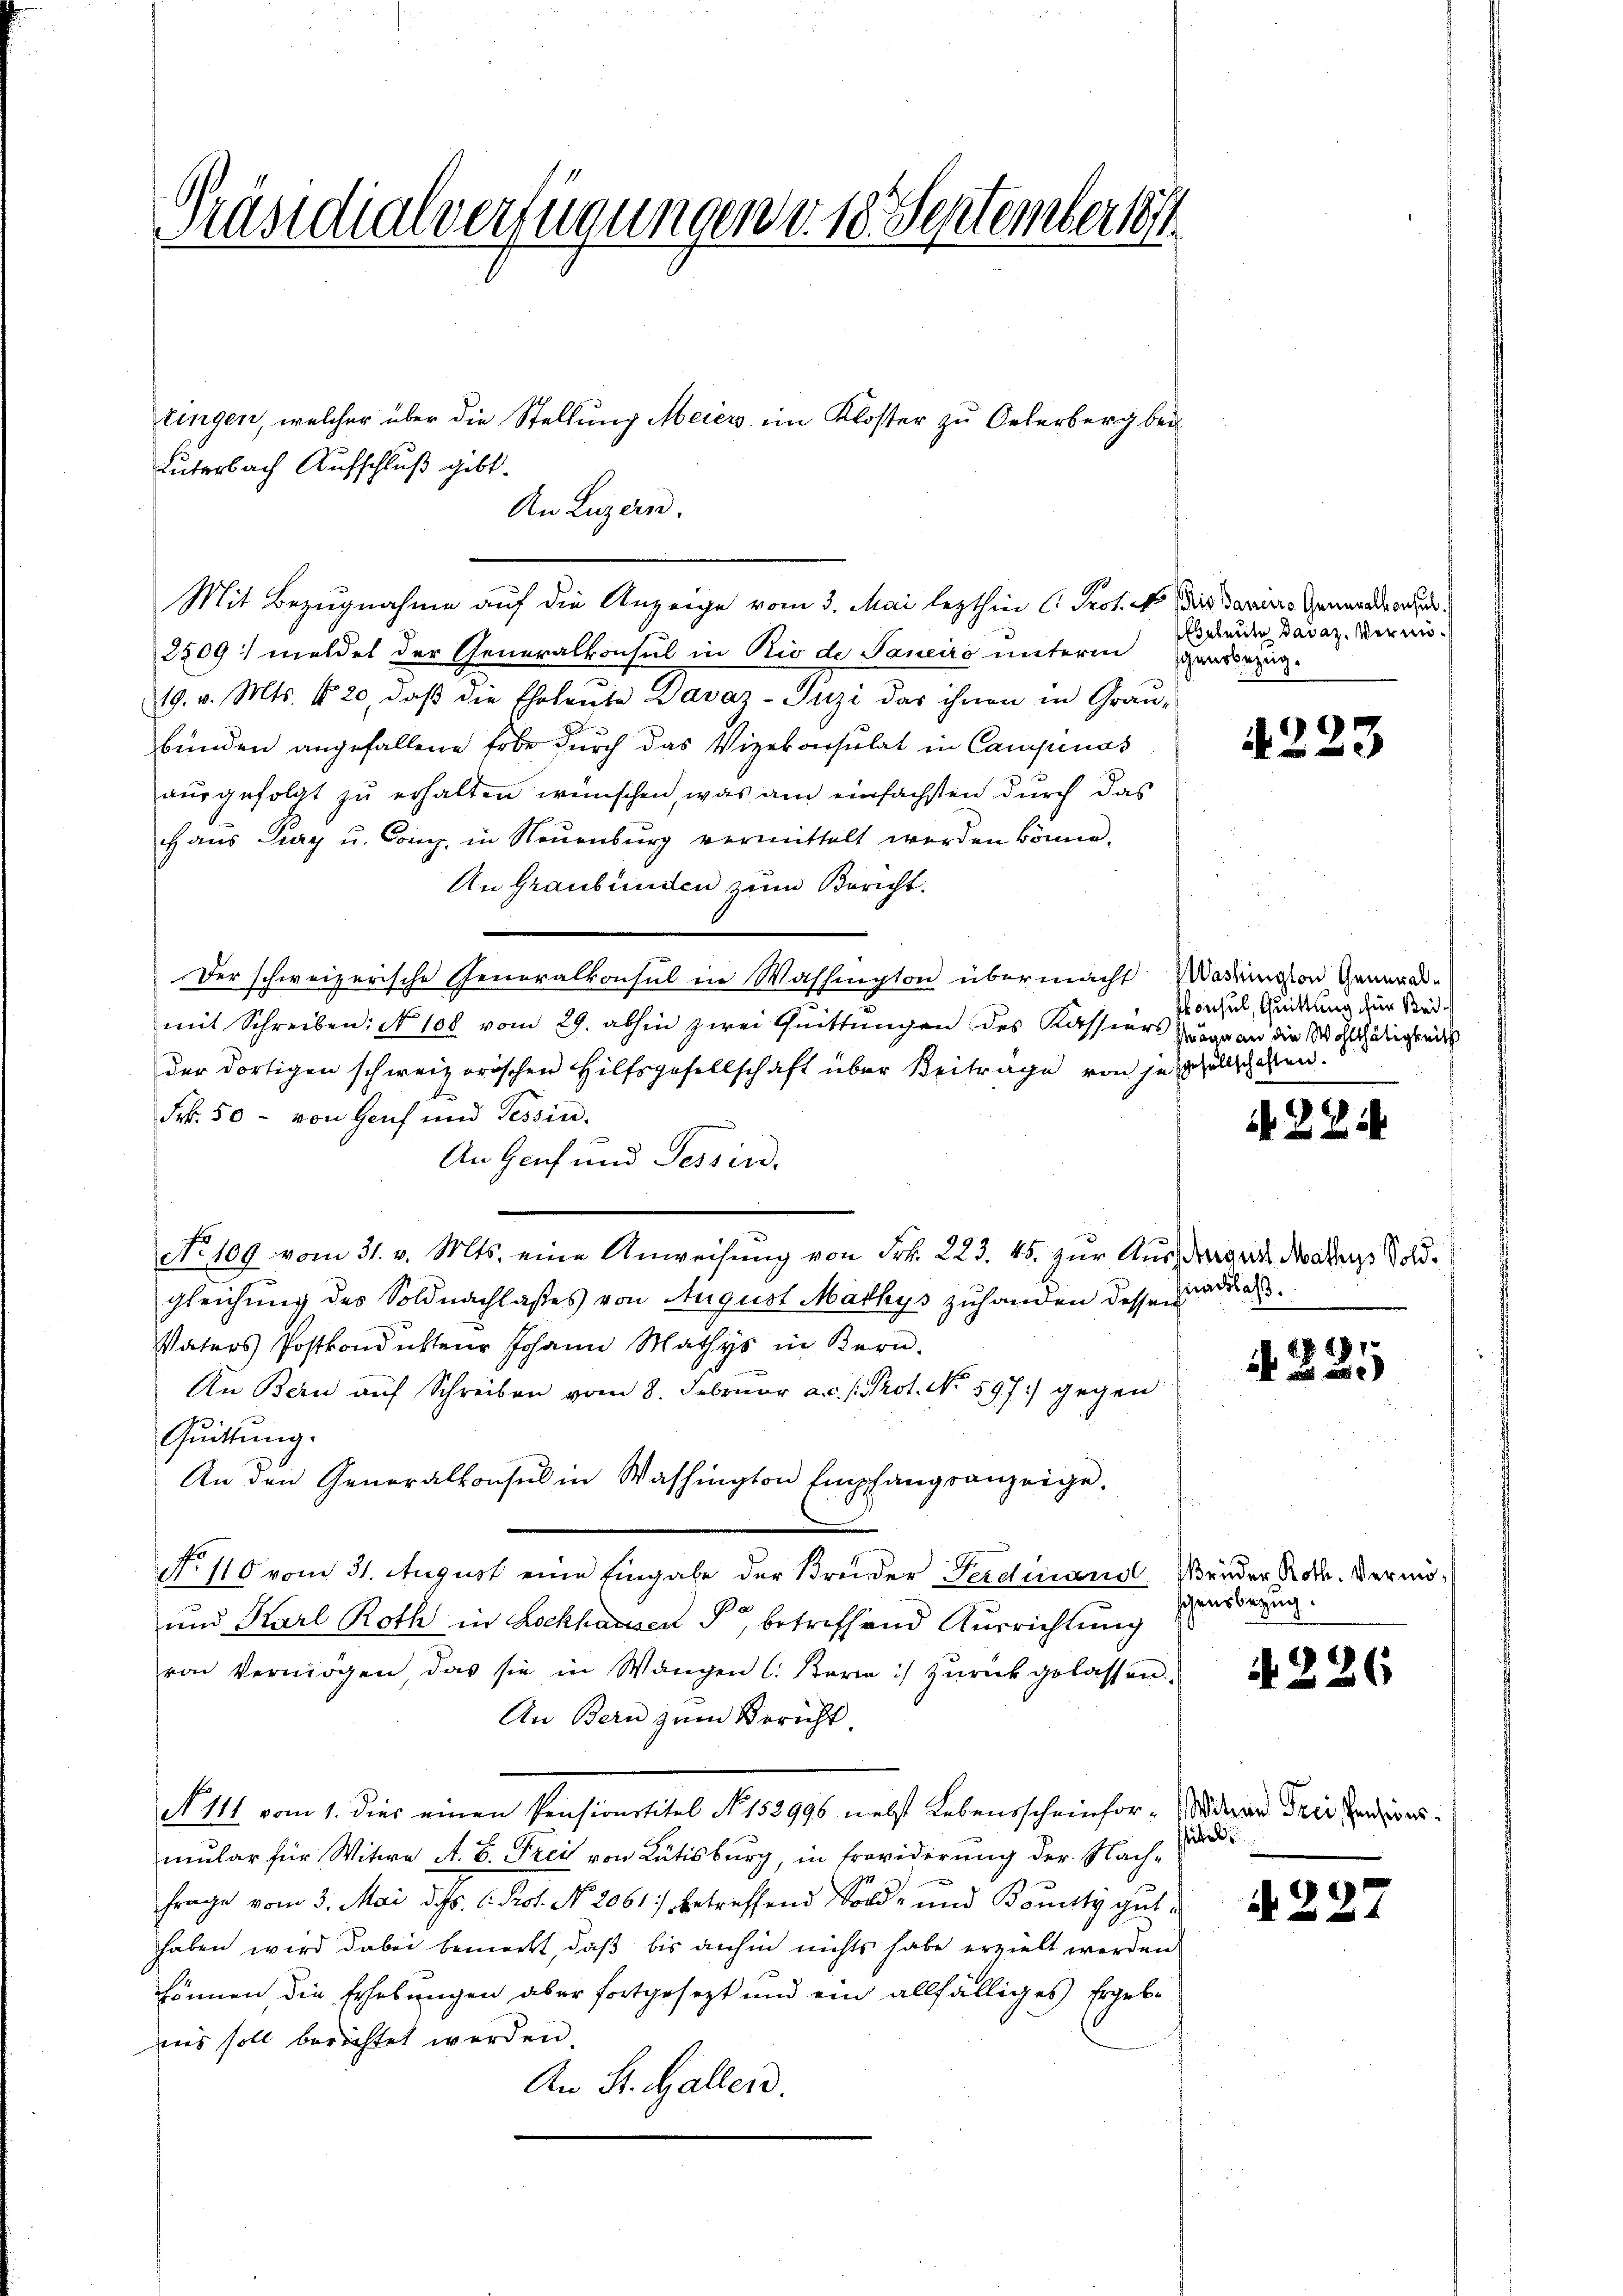
Präsidialverfügungen d. 18. September 1874

An Luzern.
2209) meldet der Generalkonsul in Rio de Janeiro unterm
19. v. Mts. 120, daß die Eheleute Davaz-Juzi das ihnen in Grau-
bunden angefallene Erbe durch das Vizekonsulat in Campinas
ausgefolgt zu erhalten wünschen, was am einfachsten durch das
Haus Zug u. Comp. in Neuenburg vermittelt werden könne.
An Graubünden zum Bericht.
Der schweizerische Generalkonsul in Washington übermacht Wademission General-
mit Schreiben: No 100 vom 29. abhin zwei Quittungen des Kassiers Zugan die Wohlthätigkeits
der dortigen schweizerischen Hilfsgesellschaft über Beiträge von jedesellschaften.
Frk. 50 - von Genf und Tessin.
An Genf und Tessin.
No 109 vom 31. v. Mts. eine Anweisung von Frk. 223. 45. zur Auszdrages daradens Soldgleichung des Soldnachlasses von August Mathys zuhanden dessen
Vaters Postkondukteur Johann Mathys in Bern.
An Bern aŭf Schreiben vom 8. Februar a.c. s. Prot. No. 597.) gegen
Quittung.
An den Generalkonsul in Washington Empfangsanzeige.
No 110 vom 31. August eine Eingabe der Breider Ferdinand
und Karl Roth in Lockhausen §, betreffend Ausrichtung
von Vermögen, das sie in Wangen C. Kari :/ zŭrückgelassen.
An Bern zum Bericht.
N 111 vom 1. Dier einen Pensionstitel No 133996 nebst Lebenscheinhor-Strnad Fristanders
mular für Witwe A. B. Frei von Rütisburg, in Erwiderung der Nach-
Frage vom 3. Mai d. Js. v. Prof. No. 2061 betreffend Sold- und Bounty guthaben wird dabei bemerkt, daß bis anhin nichts habe erzielt werden
können die Erhebungen aber fortgesezt und ein allfälliges Ergebe
aus soll berichtet werden.
An St. Galler.

unterbach Aufschluß gibt.

ringen, welcher über die Stellung Meier im Kloster zu Orterberg bei¬

Mit Bezugnahme auf die Anzeige vom 3. Mai lezthin (: Prot. N. Bis danaro Genandererse

Eheleute Badaz. Vermögensbezug.

4223

skonsul, Quittung für Bei¬

N 22

inachlaß.

N 225

Brüder Roth. Vermöschensbezug.

226

sibel

N 227